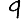
Digit: 9